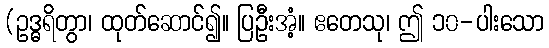
(ဥဒ္ဓရိတွာ၊ ထုတ်ဆောင်၍။ ပြဦးအံ့။ ဧတေသု၊ ဤ ၁၀-ပါးသော